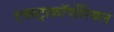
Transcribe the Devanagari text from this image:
एक्स्ट्राकॉर्पोरियल